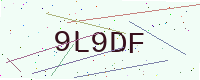
Text: 9L9DF